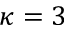
\kappa = 3